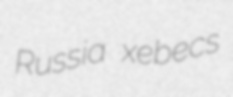
Russia xebecs